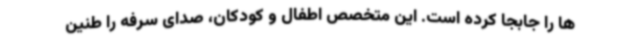
ها را جابجا کرده است. این متخصص اطفال و کودکان، صدای سرفه را طنین